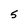
Character: 5